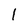
Character: 1